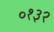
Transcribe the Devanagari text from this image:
०१३२